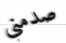
صدمني